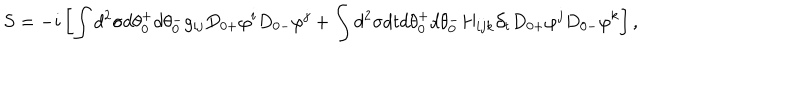
LaTeX: S = - i \left[ \int d ^ { 2 } \sigma d \theta _ { 0 } ^ { + } d \theta _ { 0 } ^ { - } g _ { i j } D _ { 0 + } \varphi ^ { i } D _ { 0 - } \varphi ^ { j } + \int d ^ { 2 } \sigma d t d \theta _ { 0 } ^ { + } d \theta _ { 0 } ^ { - } H _ { i j k } \partial _ { t } D _ { 0 + } \varphi ^ { j } D _ { 0 - } \varphi ^ { k } \right] ,